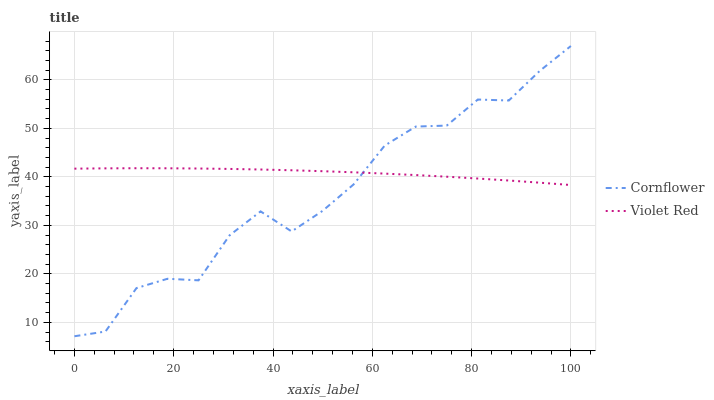
| xaxis_label | Cornflower | Violet Red |
 | --- | --- | --- |
 | 0 | 7.12 | 41.7 |
 | 6.25 | 8.1 | 41.7 |
 | 12.5 | 17.1 | 41.8 |
 | 18.8 | 19 | 41.8 |
 | 25 | 18.7 | 41.7 |
 | 31.2 | 27.9 | 41.6 |
 | 37.5 | 32.9 | 41.5 |
 | 43.8 | 28.7 | 41.4 |
 | 50 | 33 | 41.2 |
 | 56.2 | 38.4 | 40.9 |
 | 62.5 | 46.4 | 40.7 |
 | 68.8 | 50.4 | 40.4 |
 | 75 | 50.6 | 40 |
 | 81.2 | 55.9 | 39.6 |
 | 87.5 | 55.7 | 39.2 |
 | 93.8 | 61.9 | 38.8 |
 | 100 | 67 | 38.3 |